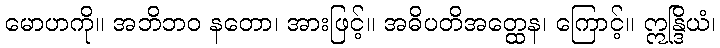
မောဟကို။ အဘိဘဝ နတော၊ အားဖြင့်။ အဓိပတိအတ္ထေန၊ ကြောင့်။ ဣန္ဒြိယံ၊